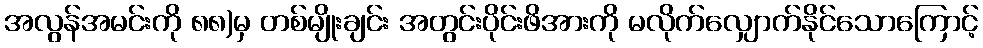
အလွန်အမင်းကို ၈၈)မှ တစ်မျိုးချင်း အတွင်းပိုင်းဖိအားကို မလိုက်လျှောက်နိုင်သောကြောင့်